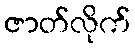
ဇာတ်လိုက်